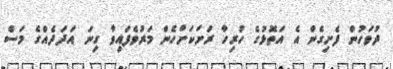
ދުވަހުން ފެށިގެން އެ އަތޮޅުގެ ހުރިހާ ރަށަކަށްހެން މަރުވެފައިވާ ގިނަ އަދަދެއްގެ މަސް